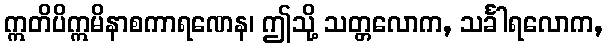
ဣတိပိဣမိနာစကာရဏေန၊ ဤသို့ သတ္တလောက, သင်္ခါရလောက,